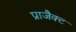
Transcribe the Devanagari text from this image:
प्राजैक्ट